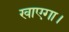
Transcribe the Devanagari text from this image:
खाएगा।